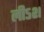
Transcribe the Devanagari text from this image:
लीऽश